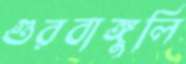
গুরবাঙ্গুলি